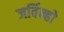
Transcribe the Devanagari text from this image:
जर्विन्हो